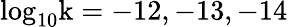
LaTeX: \mathrm{log_{10}k=-12,-13,-14}